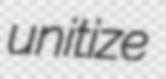
unitize